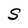
Character: S